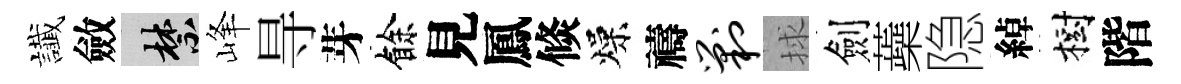
䜟斂禁峰㝵芽餘見鳳倐燥禱剿捄劍蘃隐綽樹階